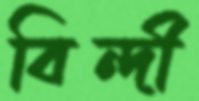
বিন্দী